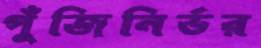
পুঁজিনির্ভর